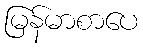
မြန်မာစာပေ